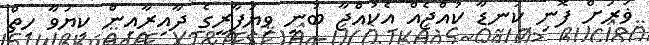
ޥަރަށް ފޮނި ކަނޑާ ކުއްޖެއް އެކުއްޖާ ބުނީ ވިޔަފާރީގެ ދާއިރާއިން ކިޔަވާ ހިތް